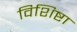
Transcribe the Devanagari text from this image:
विशिष्टा